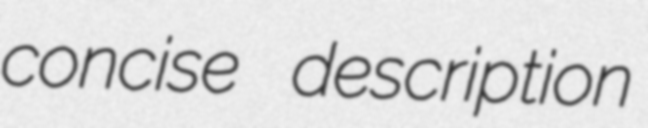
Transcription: concise description